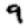
Digit: 9